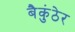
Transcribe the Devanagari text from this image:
बैकुंठेर